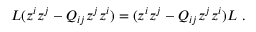
L ( z ^ { i } z ^ { j } - Q _ { i j } z ^ { j } z ^ { i } ) = ( z ^ { i } z ^ { j } - Q _ { i j } z ^ { j } z ^ { i } ) L \ .